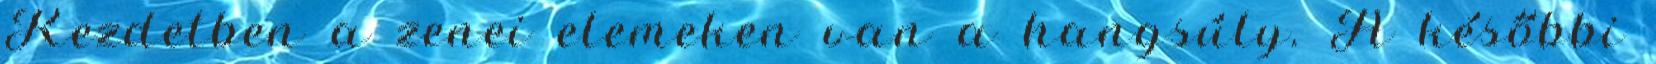
Kezdetben a zenei elemeken van a hangsúly. A későbbi